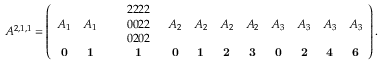
A ^ { 2 , 1 , 1 } = \left( \begin{array} { c c c c c c c c c c c c } { A _ { 1 } } & { A _ { 1 } } & & { \begin{array} { l } { 2 2 2 2 } \\ { 0 0 2 2 } \\ { 0 2 0 2 } \end{array} } & { A _ { 2 } } & { A _ { 2 } } & { A _ { 2 } } & { A _ { 2 } } & { A _ { 3 } } & { A _ { 3 } } & { A _ { 3 } } & { A _ { 3 } } \\ { \mathbf { 0 } } & { \mathbf { 1 } } & & { \mathbf { 1 } } & { \mathbf { 0 } } & { \mathbf { 1 } } & { \mathbf { 2 } } & { \mathbf { 3 } } & { \mathbf { 0 } } & { \mathbf { 2 } } & { \mathbf { 4 } } & { \mathbf { 6 } } \end{array} \right) .